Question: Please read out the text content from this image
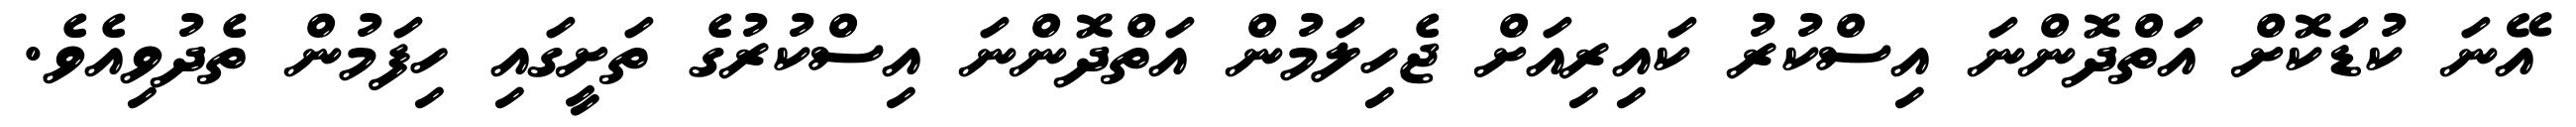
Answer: އޭނަ ކުޑަކޮށް އަތްދޮންނަ އިސްކުރު ކައިރިއަށް ޖެހިލަމުން އަތްދޮންނަ އިސްކުރުގެ ތަށީގައި ހިފަމުން ތެދުވިއެވެ.